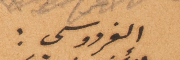
الفردوسي: